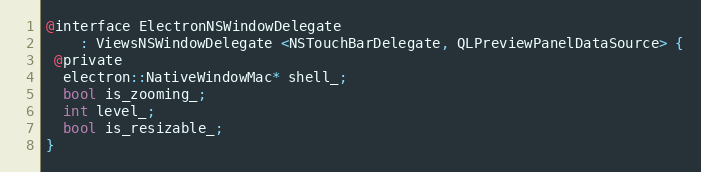
Language: C
@interface ElectronNSWindowDelegate
    : ViewsNSWindowDelegate <NSTouchBarDelegate, QLPreviewPanelDataSource> {
 @private
  electron::NativeWindowMac* shell_;
  bool is_zooming_;
  int level_;
  bool is_resizable_;
}